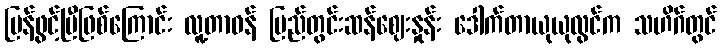
ပြန်ဖွင့်ပြီဖြစ်ကြောင်း လူ့တာဝန် ပြည်တွင်းဆန်ဈေးနှုန်း ဒေါက်တာယုယုလွင်က သဟိဂ်တွင်